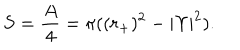
S = { \frac { A } { 4 } } = \pi ( ( r _ { + } ) ^ { 2 } - | \Upsilon | ^ { 2 } ) .